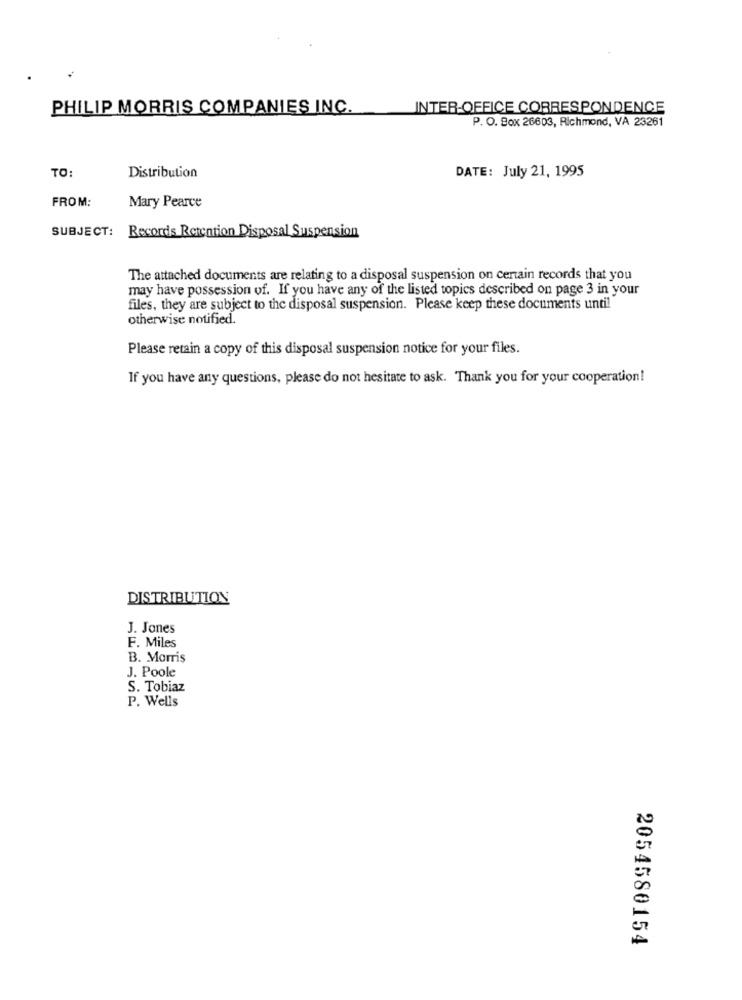
PHILIP MORRIS COMPANIES INC.
INTER-OFFICE CORRESPONDENCE
P. O. Box 26603, Richmond, VA 23261
TO:
Distribution
DATE: July 21, 1995
FROM:
Mary Pearce
SUBJECT: Records Retention Disposal Suspension
The attached documents are relating to a disposal suspension on certain records that you
may have possession of. If you have any of the listed topics described on page 3 in your
files, they are subject to the disposal suspension. Please keep these documents until
otherwise notified.
Please retain a copy of this disposal suspension notice for your files.
If you have any questions, please do not hesitate to ask. Thank you for your cooperation!
DISTRIBUTION
J. Jones
F. Miles
B. Morris
J. Poole
S. Tobiaz
P. Wells
2054580154